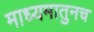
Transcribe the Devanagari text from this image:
माध्यमातुनच